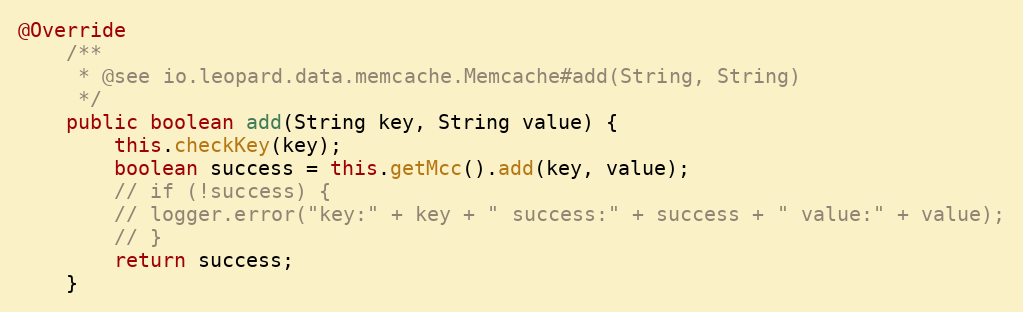
Language: Java
@Override
	/**
	 * @see io.leopard.data.memcache.Memcache#add(String, String)
	 */
	public boolean add(String key, String value) {
		this.checkKey(key);
		boolean success = this.getMcc().add(key, value);
		// if (!success) {
		// logger.error("key:" + key + " success:" + success + " value:" + value);
		// }
		return success;
	}